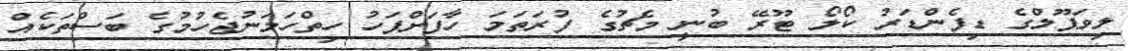
ލިވަޕޫލްގެ ޑިފެންޑަރު ކޯލޯ ޓޫރޭ ބުނީ މެޗުގެ ފުރަތަމަ ހާފަށްފަހު ހިތްހަމަނުޖެހުމުގެ ބަސްތަކެއް